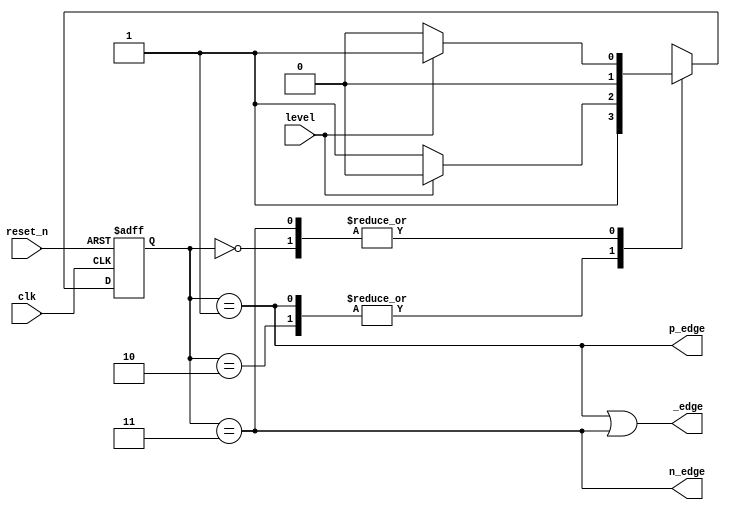
`timescale 1ns / 1ps
//////////////////////////////////////////////////////////////////////////////////
// Company: 
// Engineer: 
// 
// Design Name: 
// Module Name: moore_edge_detector
// Project Name: 
// Target Devices: 
// Tool Versions: 
// Description: 
// 
// Dependencies: 
// 
// Revision:
// Revision 0.01 - File Created
// Additional Comments:
// 
//////////////////////////////////////////////////////////////////////////////////


module moore_edge_detector(
    input clk, reset_n,
    input level,
    output p_edge, n_edge, _edge
    );
    
    // Edge detector with Mealy outputs
    reg [1:0] state_reg, state_next;
    parameter s0 = 0, s1 = 1, s2 = 2, s3 =3;
    
    // Sequential state registers
    always @(posedge clk, negedge reset_n)
    begin
        if (~reset_n)
            state_reg <= s0;
        else
            state_reg <= state_next;
    end
    
    // Next state logic
    always @(*)
    begin
        case(state_reg)
            s0: if (level) state_next = s1;
                else       state_next = s0;
            s1: if (level) state_next = s2;
                else       state_next = s3;
            s2: if (level) state_next = s2; 
                else       state_next = s3;
            s3: if (level) state_next = s1;
                else       state_next = s0;
            default: state_next = s0;                
        endcase
    end
    
    // Output logic
    assign p_edge = (state_reg == s1);
    assign n_edge = (state_reg == s3);
    assign _edge = p_edge | n_edge;
    
endmodule